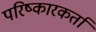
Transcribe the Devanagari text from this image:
परिष्कारकर्ता